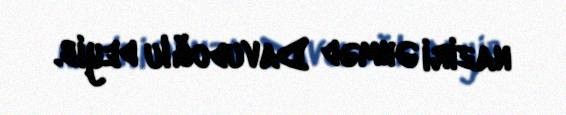
naziri Əhməd Davudoğlu deyib.